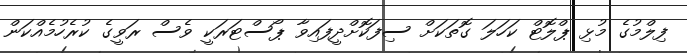
ފިލްމުގެ މުޅި ޕްލޮޓް ކަހަލަ ގޮތަކަށް ސިފަކޮށްދީފައިވާ ޕޯސްޓަރަކީ ވެސް ރަވީގެ ކުރެހުމެއްކަން